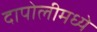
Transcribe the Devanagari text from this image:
दापोलीमध्ये